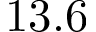
1 3 . 6